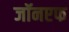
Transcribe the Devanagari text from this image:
जॉनएफ